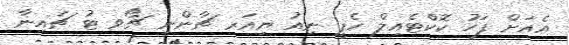
އެއަށް ފަހު ކޮކްޓެއިލް ހެޕީ ނިއު ޔިއަރ ޗާންނީ ޗޯވ ޓު ޗައިނާ